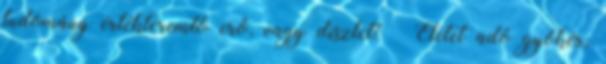
tudomány értékteremtő erő, vagy díszlet? – Életet adó gyökér,